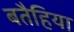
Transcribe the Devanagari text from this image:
बतैहिया